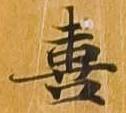
喜